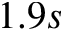
1 . 9 s